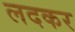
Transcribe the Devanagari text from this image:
लदकर